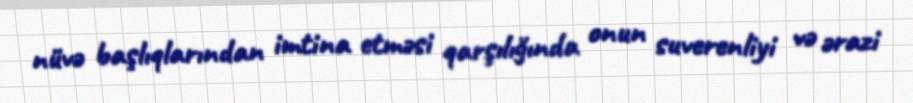
nüvə başlıqlarından imtina etməsi qarşılığında onun suverenliyi və ərazi